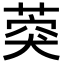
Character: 葖